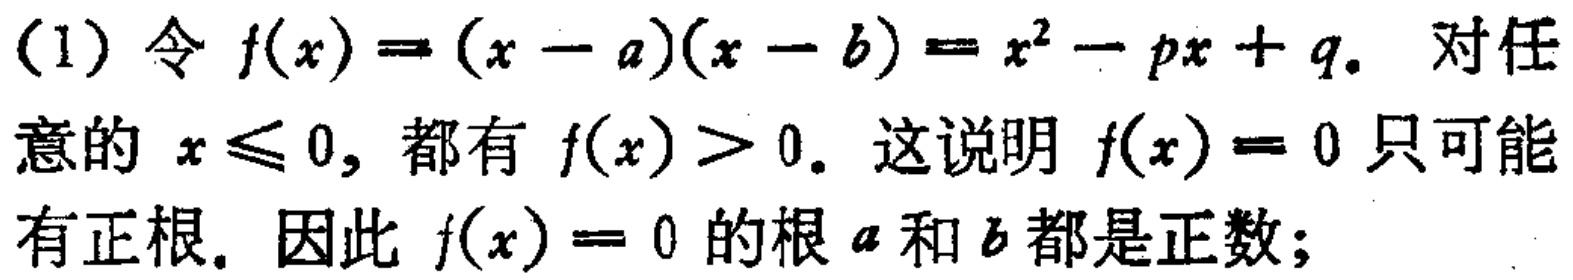
(1) 令 \(f(x)=(x - a)(x - b)=x^{2}-px + q\). 对任意的 \(x\leqslant0\), 都有 \(f(x)>0\). 这说明 \(f(x)=0\) 只可能有正根. 因此 \(f(x)=0\) 的根 \(a\) 和 \(b\) 都是正数;